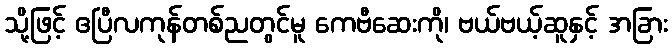
သို့ဖြင့် ဧပြီလကုန်တစ်ညတွင်မူ ကေဗီဆေးကို၊ ဗယ်ဗယ့်ဆူနှင့် အခြား